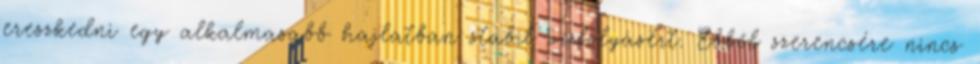
ereszkedni egy alkalmasabb hajlatban stabil vízfolyásért. Ebből szerencsére nincs